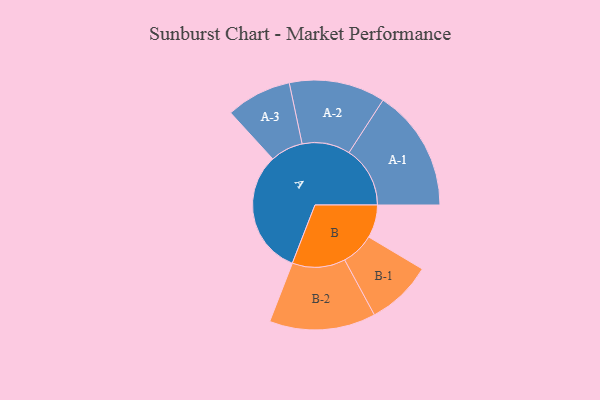
{"axis": {"x": "Segment", "y": "Value"}, "legend": ["", "A", "B"], "data": [{"x": "A", "y": 487, "type": ""}, {"x": "B", "y": 129, "type": ""}, {"x": "A-1", "y": 239, "type": "A"}, {"x": "A-2", "y": 188, "type": "A"}, {"x": "A-3", "y": 128, "type": "A"}, {"x": "B-1", "y": 129, "type": "B"}, {"x": "B-2", "y": 208, "type": "B"}]}